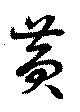
黄